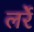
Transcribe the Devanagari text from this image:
लर्रे